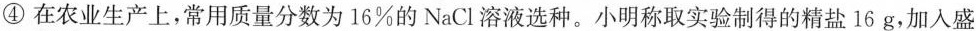
④在农业生产上，常用质量分数为16%的NaCl溶液选种。小明称取实验制得的精盐16g，加入盛